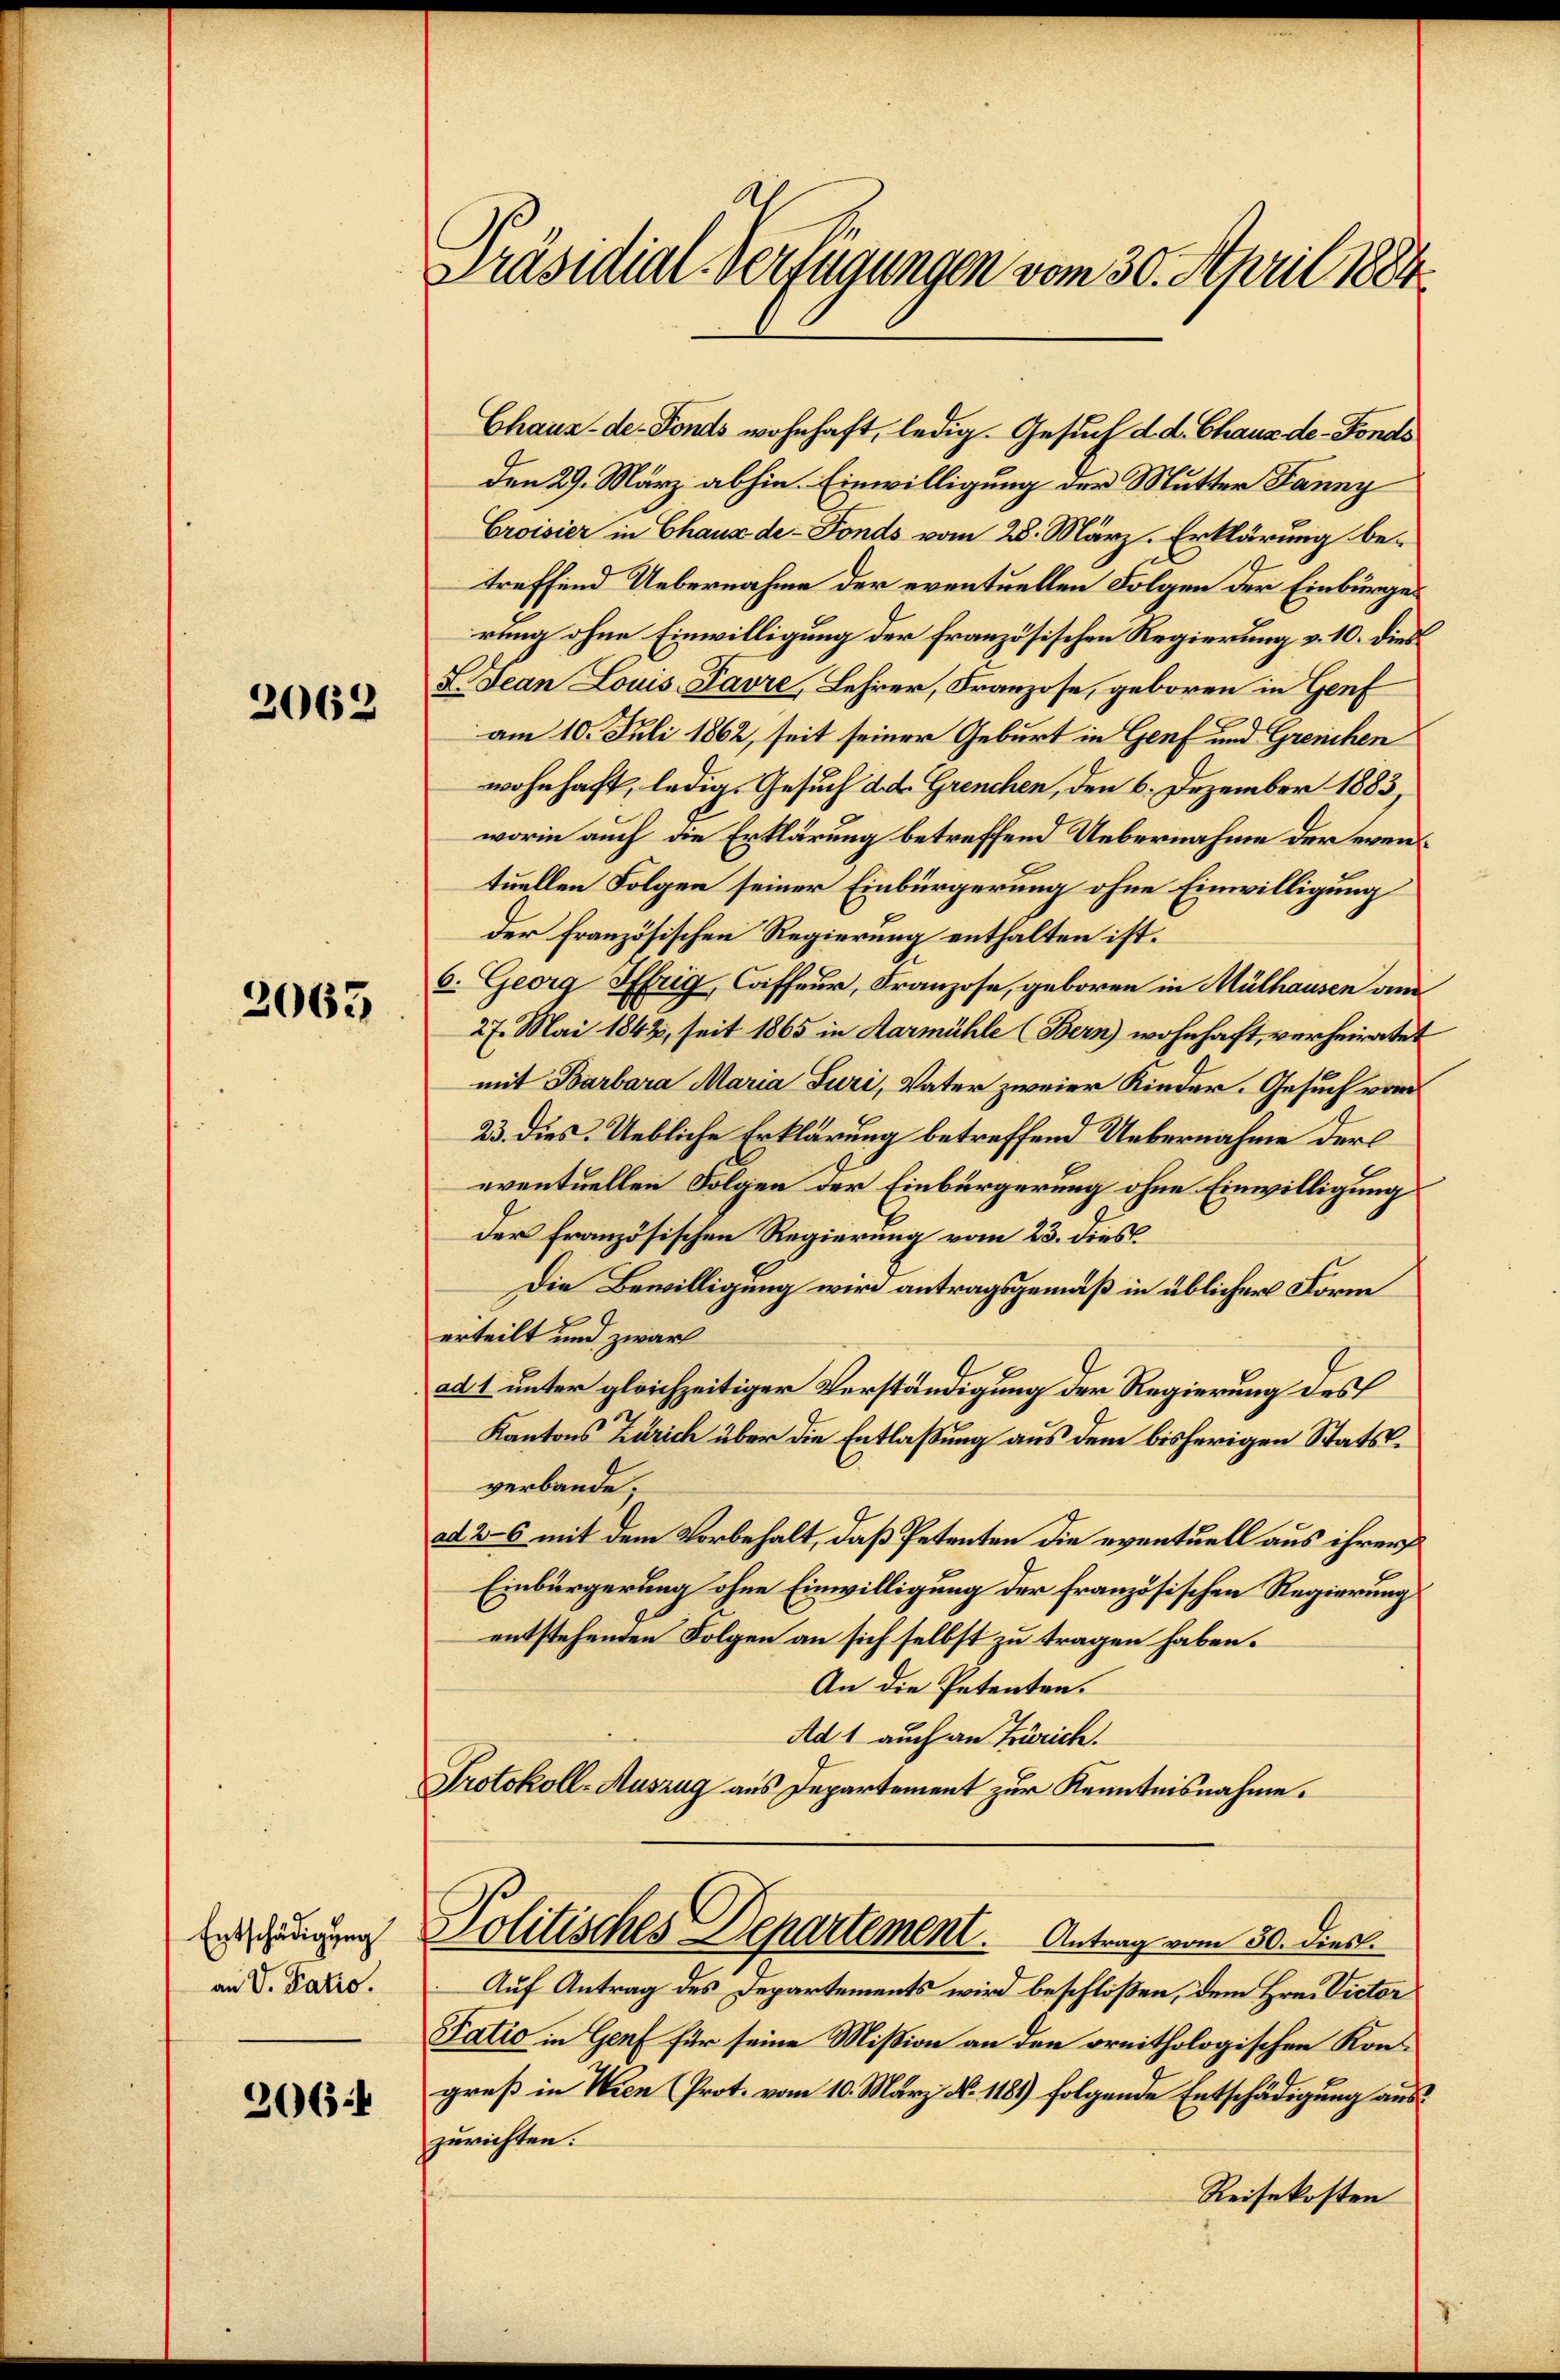
2062

2063

Entschädigung
an V. Patio

2064

Präsidial-Verfügungen vom 30. April 1884.

Chaux-de-Fonds wohnhaft, ledig. Gesuch d. d. Chaus de-Fonds
den 29. März abhin. Einwilligung der Mutter Janny
Croisier in Chaux de - Fonds vom 28. März. Erklärung betreffend Uebernahme der eventuellen Folgen der Einbürger
rung ohne Einwilligung der französischen Regierung v. 10. dies
L. Jean Louis Favre, Lehrer, Franzose, geboren in Genf
am 10. Juli 1862, seit seiner Geburt in Genf und Greuchen
wohnhaft, ledig. Gesuch d. d. Grenchen, den 6. Dezember 1883
worin auch die Erklärung betreffend Uebernahme der eventuellen Folgen seiner Einbürgerung ohne Einwilligung
der französischen Regierung enthalten ist.
6. Georg Hfrig, Coiffeur, Franzose, geboren in Mülhausen am
27. Mai 1842, seit 1865 in Aarmühle (Bern) wohnhaft, verheiratet
mit Barbara Maria Furi, Vater zweier Kinder. Gesuch vom
23. dies. Uebliche Erklärung betreffend Uebernahme der
eventuellen Folgen der Einbürgerung ohne Einwilligung
der Französischen Regierung vom 23. dies
Die Bewilligung wird antragsgemäß in üblicher Form
erteilt und zwar
ad 1 unter gleichzeitiger Verständigung der Regierung des
Kantons Zürich über die Entlaßung aus dem bisherigen Statsverbande;
ad 26 mit dem Vorbehalt, daß Petenten die eventuell aus ihrer
Einbürgerung ohne Einwilligung der französischen Regierung
entstehenden Folgen an sich selbst zu tragen haben.
An die Petenten.
Ad 1 auch an Zürich.
Protokoll-Auszug aus Departement zur Kenntnisnahme.
Politisches Departement. Antrag vom 30. dies.
Auf Antrag des Departements wird beschloßen, dem Hrn. Victor
Tatio in Genf für seine Mißion an den preithologischen Kongreß in Wien (Prot. vom 10. März N. 1189) folgende Entschädigung auszurichten.
Reisekosten